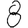
Digit: 8